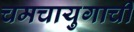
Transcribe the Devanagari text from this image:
चमचायुगाची